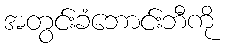
အတွင်းခံဘောင်းဘီကို